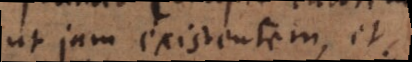
ut jam existentem, et